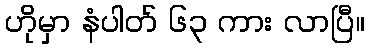
ဟိုမှာ နံပါတ် ၆၃ ကား လာပြီ။